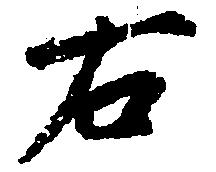
右